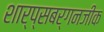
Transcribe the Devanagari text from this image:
शार्प्सबर्गनजीक